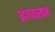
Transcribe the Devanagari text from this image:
अंगवस्त्रम